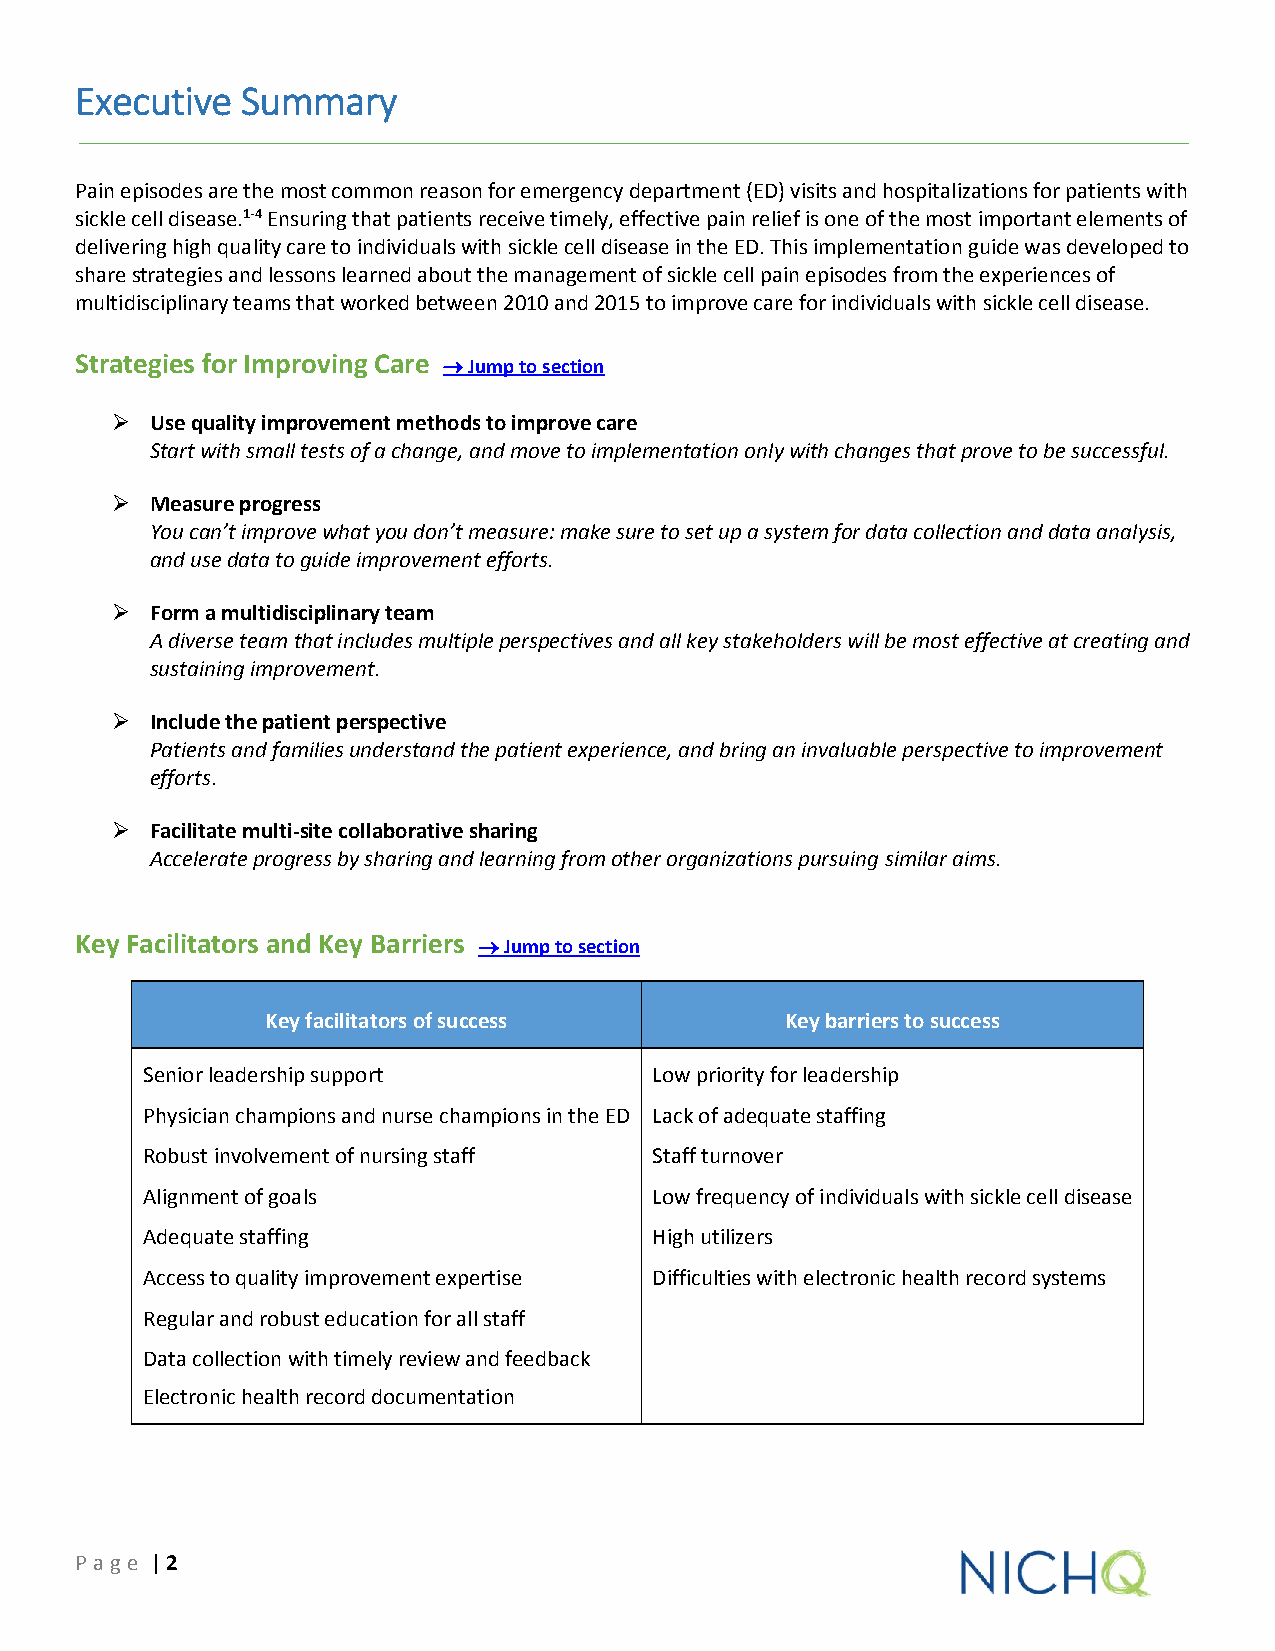
Executive  Summary
 Pain episodes are the most common reason for emergency department (ED) visits and hospitalizations for patients with
 sickle cell disease.1-4 Ensuring that patients receive timely, effective pain relief is one of the most important elements of
 delivering high quality care to individuals with sickle cell disease in the ED. This implementation guide was developed to
 share strategies and lessons learned about the management of sickle cell pain episodes from the experiences of
 multidisciplinary teams that worked between 2010 and 2015 to improve care for individuals with sickle cell disease.
 Strategies for Improving Care  Jump to section
   Use quality improvement methods to improve care
 Start with small tests of a change, and move to implementation only with changes that prove to be successful.
   Measure progress
 You can’t improve what you don’t measure: make sure to set up a system for data collection and data analysis,
 and use data to guide improvement efforts.
   Form a multidisciplinary team
 A diverse team that includes multiple perspectives and all key stakeholders will be most effective at creating and
 sustaining improvement.
   Include the patient perspective
 Patients and families understand the patient experience, and bring an invaluable perspective to improvement
 efforts.
   Facilitate multi-site collaborative sharing
 Accelerate progress by sharing and learning from other organizations pursuing similar aims.
 Key Facilitators and Key Barriers  Jump to section
 Key facilitators of success       Key barriers to success
 Senior leadership support         Low priority for leadership
 Physician champions and nurse champions in the ED Lack of adequate staffing
 Robust involvement of nursing staff Staff turnover
 Alignment of goals                Low frequency of individuals with sickle cell disease
 Adequate staffing                 High utilizers
 Access to quality improvement expertise Difficulties with electronic health record systems
 Regular and robust education for all staff
 Data collection with timely review and feedback
 Electronic health record documentation
 P age | 2